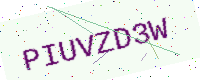
Text: PIUVZD3W